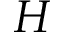
H